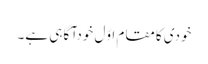
خودی کامقام اوّل خودآگاہی ہے۔